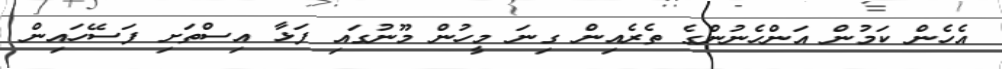
އެހެން ކަމުން އަންހެނުންގެ ތެރެއިން ގިނަ މީހުން މޫނުގައި ފަޅާ އިސްތަށި ފަސޭހައިން